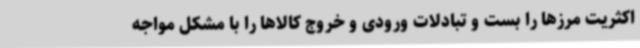
اکثریت مرزها را بست و تبادلات ورودی و خروج کالاها را با مشکل مواجه